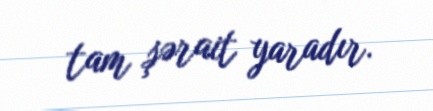
tam şərait yaradır.